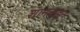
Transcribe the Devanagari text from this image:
शानकडून